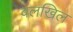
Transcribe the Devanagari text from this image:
वलखिल